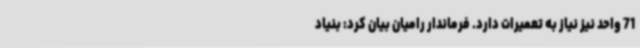
71 واحد نیز نیاز به تعمیرات دارد. فرماندار رامیان بیان کرد: بنیاد